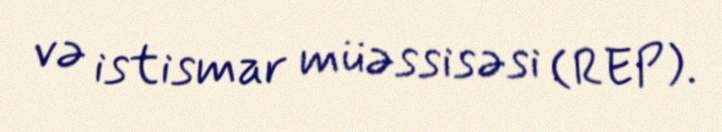
və istismar müəssisəsi (REP).